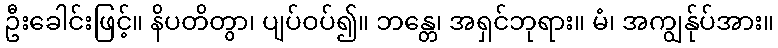
ဦးခေါင်းဖြင့်။ နိပတိတွာ၊ ပျပ်ဝပ်၍။ ဘန္တေ၊ အရှင်ဘုရား။ မံ၊ အကျွန်ုပ်အား။